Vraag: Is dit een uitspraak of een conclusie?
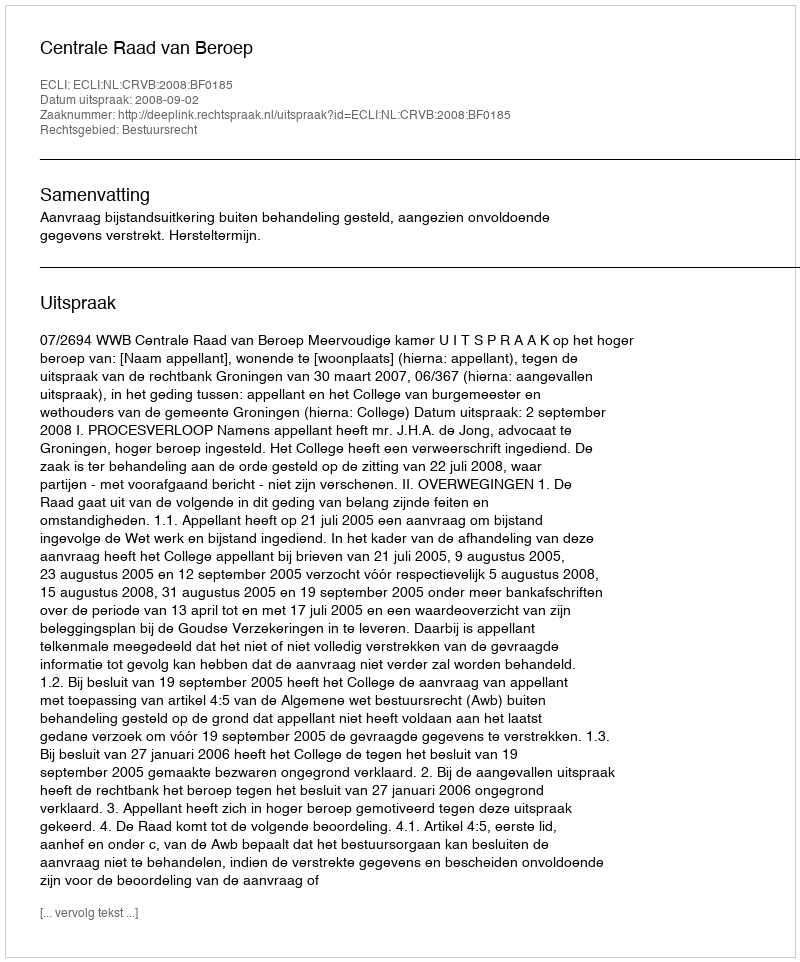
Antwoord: Uitspraak